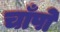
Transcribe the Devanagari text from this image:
चाँपो